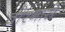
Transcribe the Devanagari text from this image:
वीरगासे